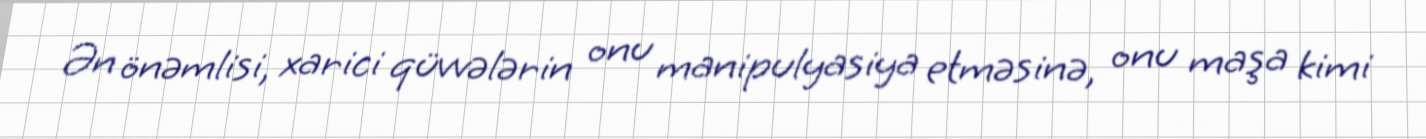
Ən önəmlisi, xarici qüvvələrin onu manipulyasiya etməsinə, onu maşa kimi